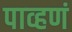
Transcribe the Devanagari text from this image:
पाव्हणं